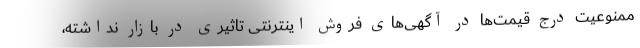
ممنوعیت درج قیمت‌ها در آگهی‌های فروش اینترنتی تاثیری در بازار نداشته،